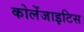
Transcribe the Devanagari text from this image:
कोलेंजाइटिस